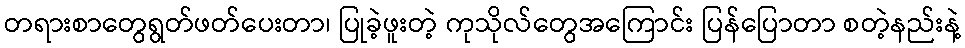
တရားစာတွေရွတ်ဖတ်ပေးတာ၊ ပြုခဲ့ဖူးတဲ့ ကုသိုလ်တွေအကြောင်း ပြန်ပြောတာ စတဲ့နည်းနဲ့